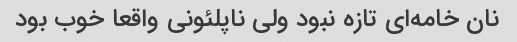
نان خامه‌ای تازه نبود ولی ناپلئونی واقعا خوب بود